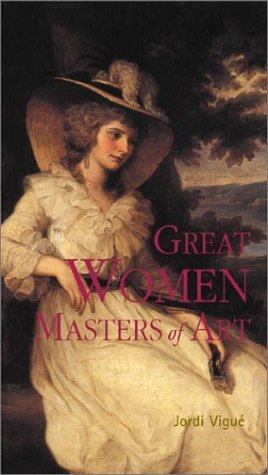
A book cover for Great Women Masters of Art (Great Masters of Art); Jordi Vigue; Politics & Social Sciences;